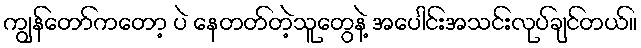
ကျွန်တော်ကတော့ ပဲ နေတတ်တဲ့သူတွေနဲ့ အပေါင်းအသင်းလုပ်ချင်တယ်။